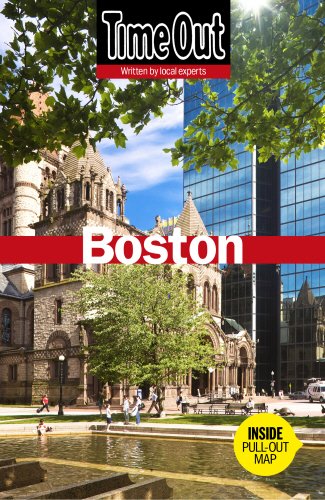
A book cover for Time Out Boston (Time Out Guides); Travel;